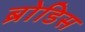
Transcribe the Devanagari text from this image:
ब्रोडिस